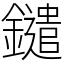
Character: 鑓